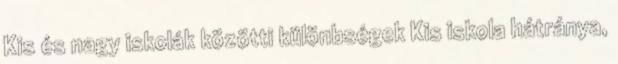
Kis és nagy iskolák közötti különbségek Kis iskola hátránya,